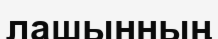
лашынның